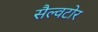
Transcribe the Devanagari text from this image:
सैल्वटोर